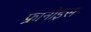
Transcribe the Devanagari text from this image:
फ्रानोइस